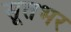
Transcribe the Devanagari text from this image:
सूतभर